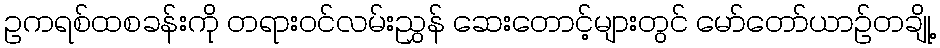
ဥကရစ်ထစခန်းကို တရားဝင်လမ်းညွှန် ဆေးတောင့်များတွင် မော်တော်ယာဉ်တချို့